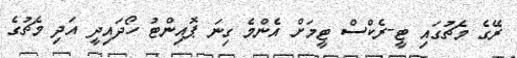
ރޭގެ މެޗުގައި ޓީ-ރެކްސް ޓީމަށް އެންމެ ގިނަ ޕޮއިންޓު ހޯދައިދީ އަދި މެޗުގެ